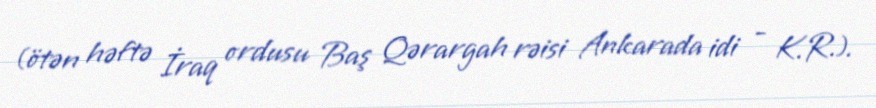
(ötən həftə İraq ordusu Baş Qərargah rəisi Ankarada idi - K.R.).